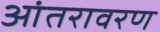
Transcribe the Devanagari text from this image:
आंतरावरण